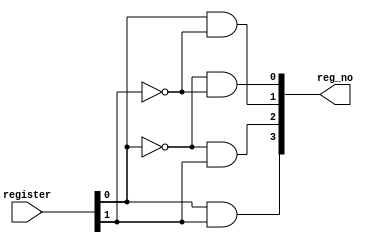
module decoder2_4 (register, reg_no);
    input [1: 0] register;
    output [3: 0] reg_no;

    wire not_r0, not_r1;

    not n1(not_r0, register[0]);
    not n2(not_r1, register[1]);

    and a1(reg_no[0], not_r0, not_r1);
    and a2(reg_no[1], register[0], not_r1);
    and a3(reg_no[2], not_r0, register[1]);
    and a4(reg_no[3], register[0], register[1]);
endmodule